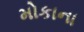
મોકાના